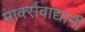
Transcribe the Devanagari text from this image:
मार्क्‍सवाद्यांनी